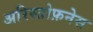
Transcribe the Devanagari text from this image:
अरिस्तोफ़नेस